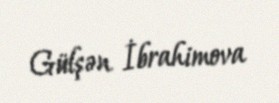
Gülşən İbrahimova